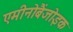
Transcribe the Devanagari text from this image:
एमीनोबैंजोइक